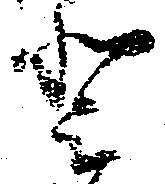
登